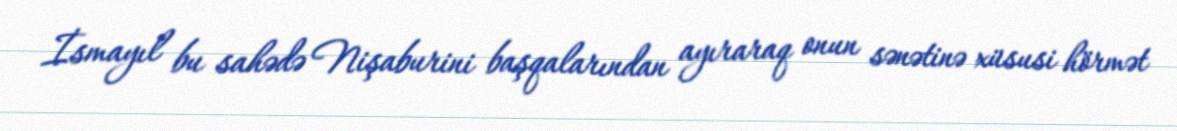
İsmayıl bu sahədə Nişaburini başqalarından ayıraraq onun sənətinə xüsusi hörmət